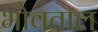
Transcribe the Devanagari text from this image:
भोवताल